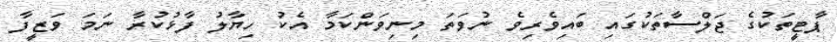
ޕާޓީތަކުގެ ޖަލްސާތަކުގައި ބައިވެރިވެ ނުވަތަ މިނިވަންކަމާ އެކު ހިޔާލު ފާޅުކުރާ ނަމަ ވަޒީފާ